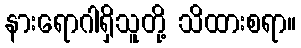
နားရောဂါရှိသူတို့ သိထားစရာ။